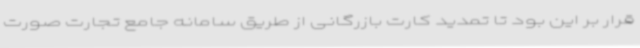
قرار بر این بود تا تمدید کارت بازرگانی از طریق سامانه جامع تجارت صورت